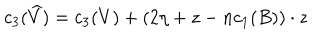
c _ { 3 } ( \widehat { V } ) = c _ { 3 } ( V ) + ( 2 \eta + z - n c _ { 1 } ( B ) ) \cdot z